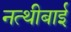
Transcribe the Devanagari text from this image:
नत्थीबाई